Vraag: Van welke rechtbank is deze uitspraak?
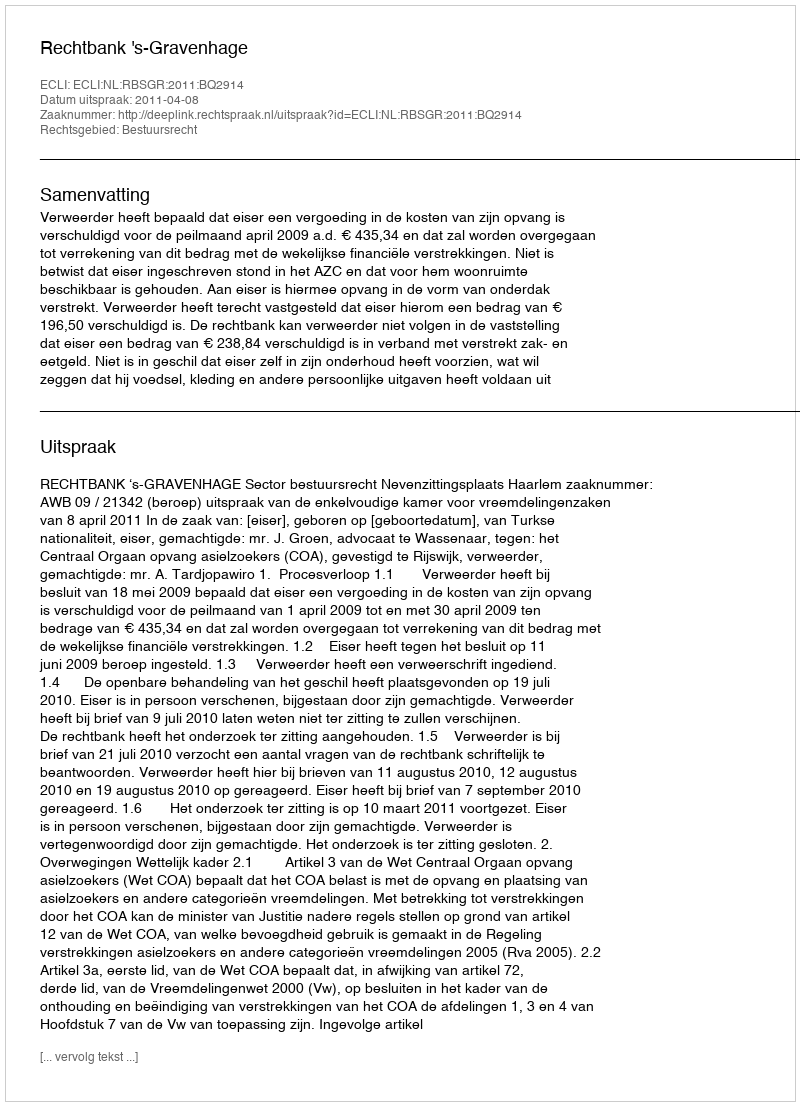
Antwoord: Rechtbank 's-Gravenhage